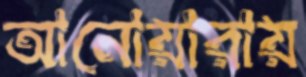
আনোয়ারায়